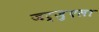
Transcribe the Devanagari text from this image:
जर्ज़ुएला